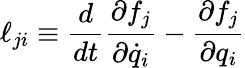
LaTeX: \ell_{ji}\equiv\frac{d}{dt}\frac{\partial f_{j}}{\partial\dot{q}_{i}}-\frac{\partial f_{j}}{\partial q_{i}}